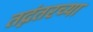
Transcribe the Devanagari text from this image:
तद्नंतरच्या